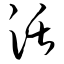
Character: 活